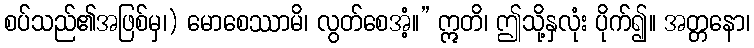
စပ်သည်၏အဖြစ်မှ၊) မောစေဿာမိ၊ လွတ်စေအံံ့။” ဣတိ၊ ဤသို့နှလုံး ပိုက်၍။ အတ္တနော၊